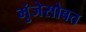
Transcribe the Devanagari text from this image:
मुंजेसोबत